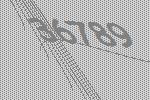
36789